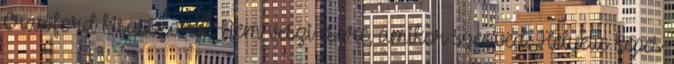
Crawford kisasszony. Nem veszi észre, amikor szenved. Helyette képes